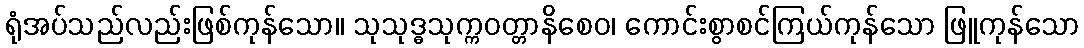
ရုံအပ်သည်လည်းဖြစ်ကုန်သော။ သုသုဒ္ဓသုက္ကဝတ္တာနိစေဝ၊ ကောင်းစွာစင်ကြယ်ကုန်သော ဖြူကုန်သော